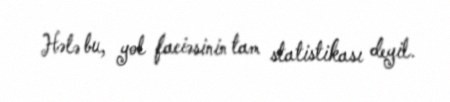
Hələ bu, yol faciəsinin tam statistikası deyil.